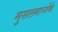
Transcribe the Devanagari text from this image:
मुसलमानोंके